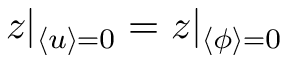
z | _ { \langle u \rangle = 0 } = z | _ { \langle \phi \rangle = 0 }